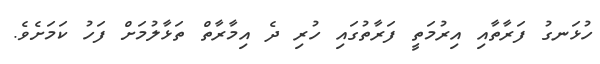
ހުޅަނގު ފަރާތާއި އިރުމަތީ ފަރާތުގައި ހުރި ދެ އިމާރާތް ތަޅާލުމަށް ފަހު ކަމަށެވެ.